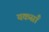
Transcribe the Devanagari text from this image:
यकसाँ